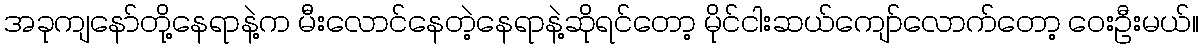
အခုကျနော်တို့နေရာနဲ့က မီးလောင်နေတဲ့နေရာနဲ့ဆိုရင်တော့ မိုင်ငါးဆယ်ကျော်လောက်တော့ ဝေးဦးမယ်။